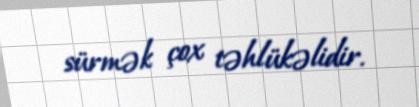
sürmək çox təhlükəlidir.